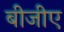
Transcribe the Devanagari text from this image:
बीजीए